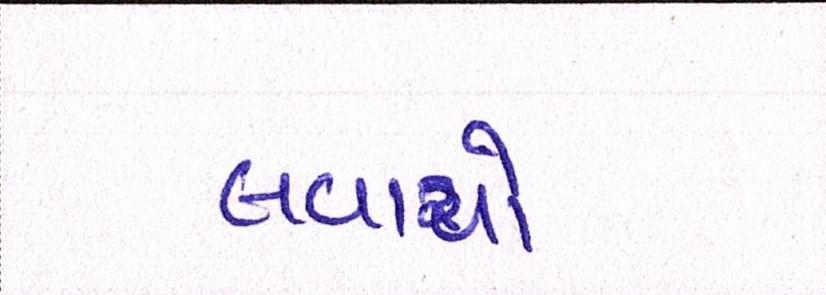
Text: લવાયો